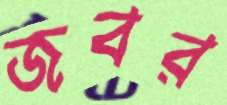
জবর